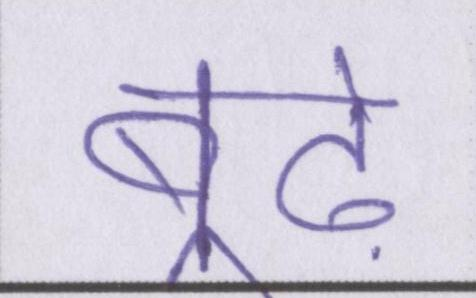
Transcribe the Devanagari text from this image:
बूढ़े